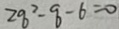
2 q ^ { 2 } - q - 6 = 0